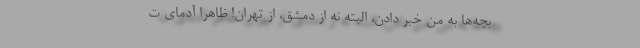
بچه‌ها به من خبر دادن، البته نه از دمشق، از تهران! ظاهراً آدمای ت